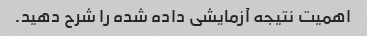
اهمیت نتیجه آزمایشی داده شده را شرح دهید.